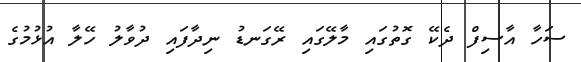
ސަހާ އާސިފް ދެކޭ ގޮތުގައި މާލޭގައި ރޭގަނޑު ނިދާފައި ދުވާލު ހޭލާ އުޅުމުގެ